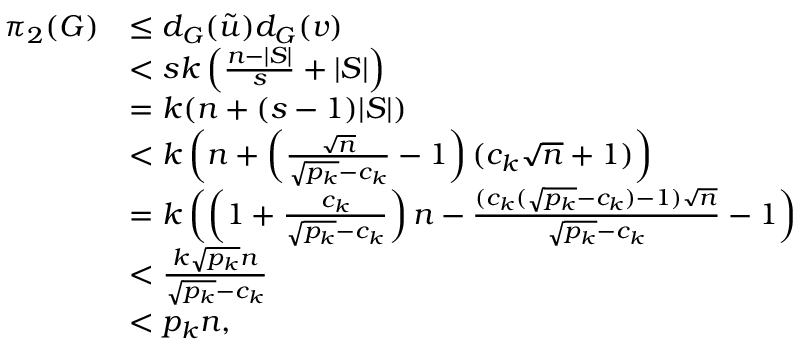
\begin{array} { r l } { \pi _ { 2 } ( G ) } & { \leq d _ { G } ( \tilde { u } ) d _ { G } ( v ) } \\ & { < s k \left( \frac { n - | S | } { s } + | S | \right) } \\ & { = k ( n + ( s - 1 ) | S | ) } \\ & { < k \left( n + \left( \frac { \sqrt { n } } { \sqrt { p _ { k } } - c _ { k } } - 1 \right) ( c _ { k } \sqrt { n } + 1 ) \right) } \\ & { = k \left( \left( 1 + \frac { c _ { k } } { \sqrt { p _ { k } } - c _ { k } } \right) n - \frac { ( c _ { k } ( \sqrt { p _ { k } } - c _ { k } ) - 1 ) \sqrt { n } } { \sqrt { p _ { k } } - c _ { k } } - 1 \right) } \\ & { < \frac { k \sqrt { p _ { k } } n } { \sqrt { p _ { k } } - c _ { k } } } \\ & { < p _ { k } n , } \end{array}